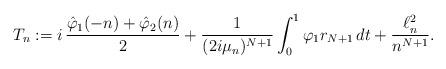
LaTeX: \begin{align*}T_n:= i\,\frac{\hat\varphi_1(-n)+\hat\varphi_2(n)}{2}+ \frac{1}{(2i\mu_n)^{N+1}}\int_0^1\varphi_1r_{N+1}\,dt + \frac{\ell^2_n}{n^{N+1}}.\end{align*}